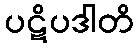
ပဋိပဒါတိ